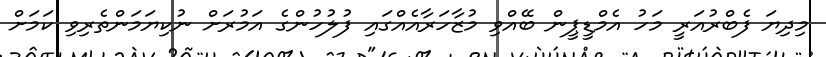
މިދިޔަ ފެބްރުއަރީ މަހު އެމްޑީޕީން ބޭއްވި މުޒާހަރާއެއްގައި ފުލުހުންގެ އަމުރަށް ނުކިޔަމަންތެރިވި ކަމަށް